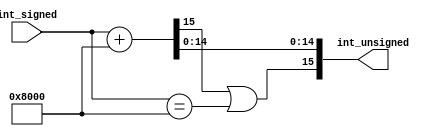
/*	Author:	Matthew Gebert
 *	
 *	Purpose:	To upshift a signed(s) N bit number to an unsigned(u) equivalent N bit number.
 *				Works by manipulating the Nth most significant bit (MSB).
 *				Also handles edgecases of shifting s1000 to u1000 instead of s0000.
 */
module conv_sign_to_unsign #(
  parameter N = 16
)
(int_signed, int_unsigned);

//Adding 1 to MSB of a signed integer makes it become a linear scale
// from 0 to 2^(n)-1, rather than -2^(n-1) to 2^(n-1)-1

input [N-1:0] int_signed;
output [N-1:0] int_unsigned;

wire [N-1:0] conv = (int_signed[N-1:0] + {1'b1, {(N-1){1'b0}}});

//Edge Case Caused by 2's compliment conversion to unsigned binary. 
//The value of (ie) signed 1000 --> unsigned 0 Rather than the midpoint which is actually unsigned 1000.
//The edgecase logic in here fixes that issue.

wire edgeCase = (int_signed == {1'b1, {(N-1){1'b0}}});
assign int_unsigned[N-1] = conv[N-1] || edgeCase;
assign int_unsigned[N-2:0] = conv[N-2:0];

endmodule